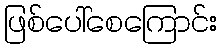
ဖြစ်ပေါ်စေကြောင်း